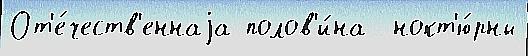
От'е́честв'еннаjа полов'и́на  нокт'ю́рны